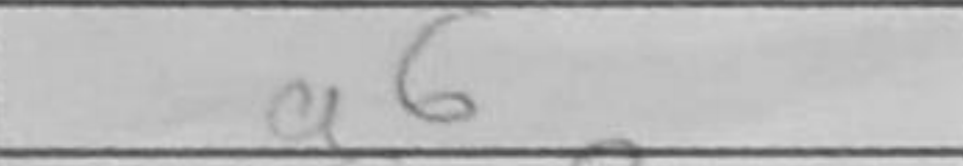
Transcription: a6